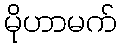
မိုဟာမက်